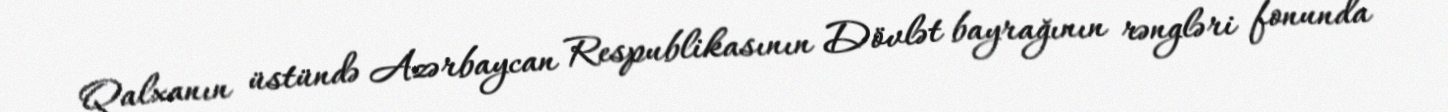
Qalxanın üstündə Azərbaycan Respublikasının Dövlət bayrağının rəngləri fonunda